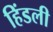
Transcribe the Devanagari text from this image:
हिंडली